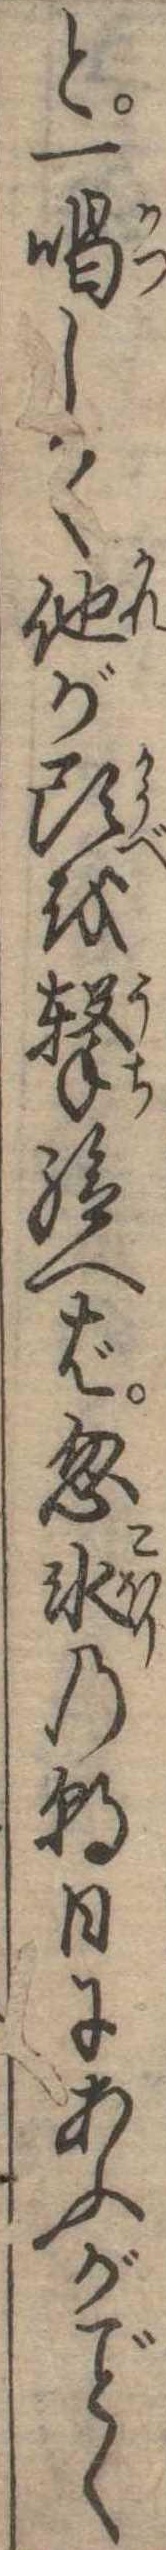
と一喝して他が頭を撃給へば忽氷の朝日にあふがく